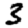
Digit: 3